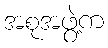
အစုအဖွဲ့က